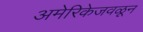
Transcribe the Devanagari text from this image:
अमेरिकेजवळून